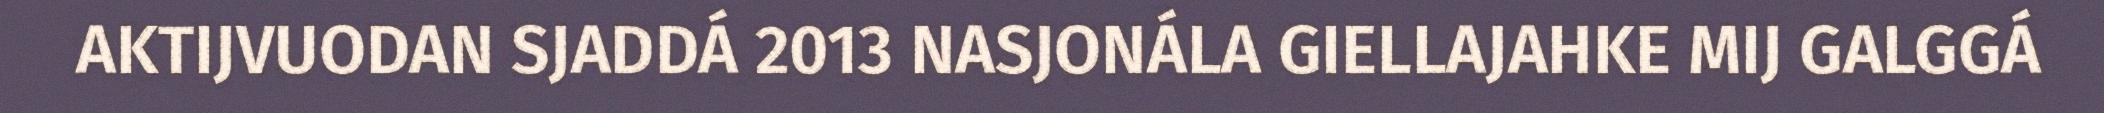
AKTIJVUODAN SJADDÁ 2013 NASJONÁLA GIELLAJAHKE MIJ GALGGÁ